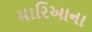
મારિઆના